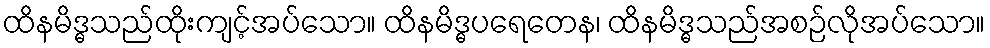
ထိနမိဒ္ဓသည်ထိုးကျင့်အပ်သော။ ထိနမိဒ္ဓပရေတေန၊ ထိနမိဒ္ဓသည်အစဉ်လိုအပ်သော။